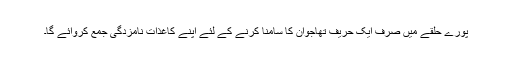
پورے حلقے میں صرف ایک حریف تھاجوان کا سامنا کرنے کے لئے اپنے کاغذات نامزدگی جمع کروائے گا۔